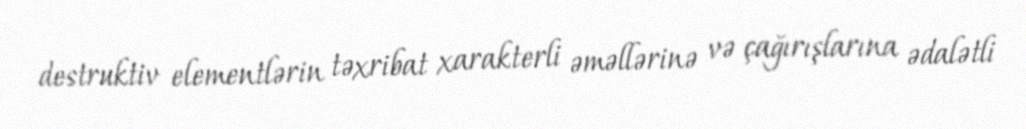
destruktiv elementlərin təxribat xarakterli əməllərinə və çağırışlarına ədalətli